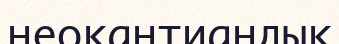
неокантиандық